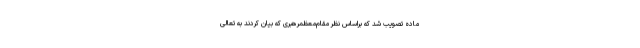
ماده تصویب شد که براساس نظر مقام‌معظمرهبری که بیان کردند به تعالی